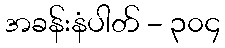
အခန်းနံပါတ် - ၃၀၄